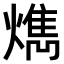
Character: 𤎱